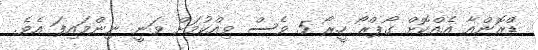
ޑްރޮންއާ އެއްކޮށް ގޯޕްރޯ ހީރޯ 5 ވެސް ވިއްކުމަށް ވަނީ ނިންމައިފަ އެވެ.